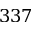
3 3 7